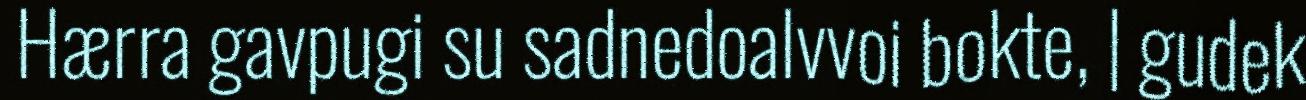
Hærra gavpugi su sadnedoalvvoi bokte, | gudek